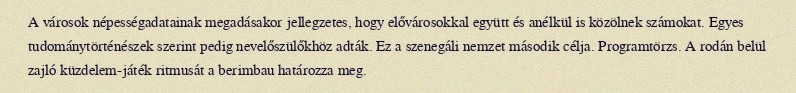
A városok népességadatainak megadásakor jellegzetes, hogy elővárosokkal együtt és anélkül is közölnek számokat. Egyes tudománytörténészek szerint pedig nevelőszülőkhöz adták. Ez a szenegáli nemzet második célja. Programtörzs. A rodán belül zajló küzdelem-játék ritmusát a berimbau határozza meg.